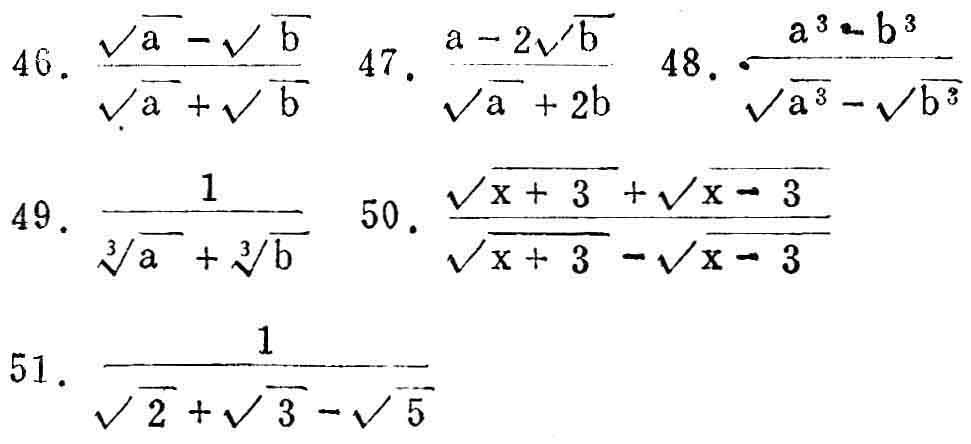
46. \(\frac{\sqrt{a}-\sqrt{b}}{\sqrt{a}+\sqrt{b}}\)
47. \(\frac{a - 2\sqrt{b}}{\sqrt{a}+2b}\)
48. \(\frac{a^{3}-b^{3}}{\sqrt{a^{3}}-\sqrt{b^{3}}}\)
49. \(\frac{1}{\sqrt[3]{a}+\sqrt[3]{b}}\)
50. \(\frac{\sqrt{x + 3}+\sqrt{x - 3}}{\sqrt{x + 3}-\sqrt{x - 3}}\)
51. \(\frac{1}{\sqrt{2}+\sqrt{3}-\sqrt{5}}\)